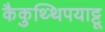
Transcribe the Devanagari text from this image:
कैकुथ्थिपयाट्टू